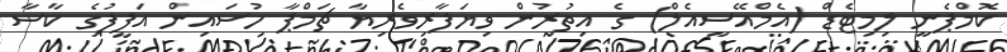
ކޮމްޕެނީ ލިމިޓެޑް (އެމްއޭސީއެލް) ގެ އިތުރުން ވިޔަފާރިވެރިޔާ ޗަމްޕާ ހުސައިން އަފީފުގެ ކާސާ